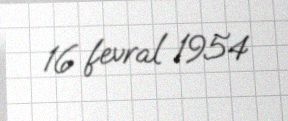
16 fevral 1954